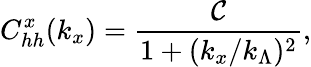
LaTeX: C_{hh}^{x}(k_{x})=\frac{\mathcal{C}}{1+(k_{x}/k_{\Lambda})^{2}},